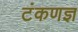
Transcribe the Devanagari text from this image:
टंकणज्ञ